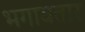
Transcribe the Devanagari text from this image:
भगावतार